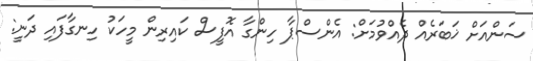
ސަންއަށް ޚަބަރެއް ދެއްވުމަށް: އެންސްޕާ ހިންގާ އޮފީސް ކައިރިން މީހަކު ހިނގާފައި ދަނީ: